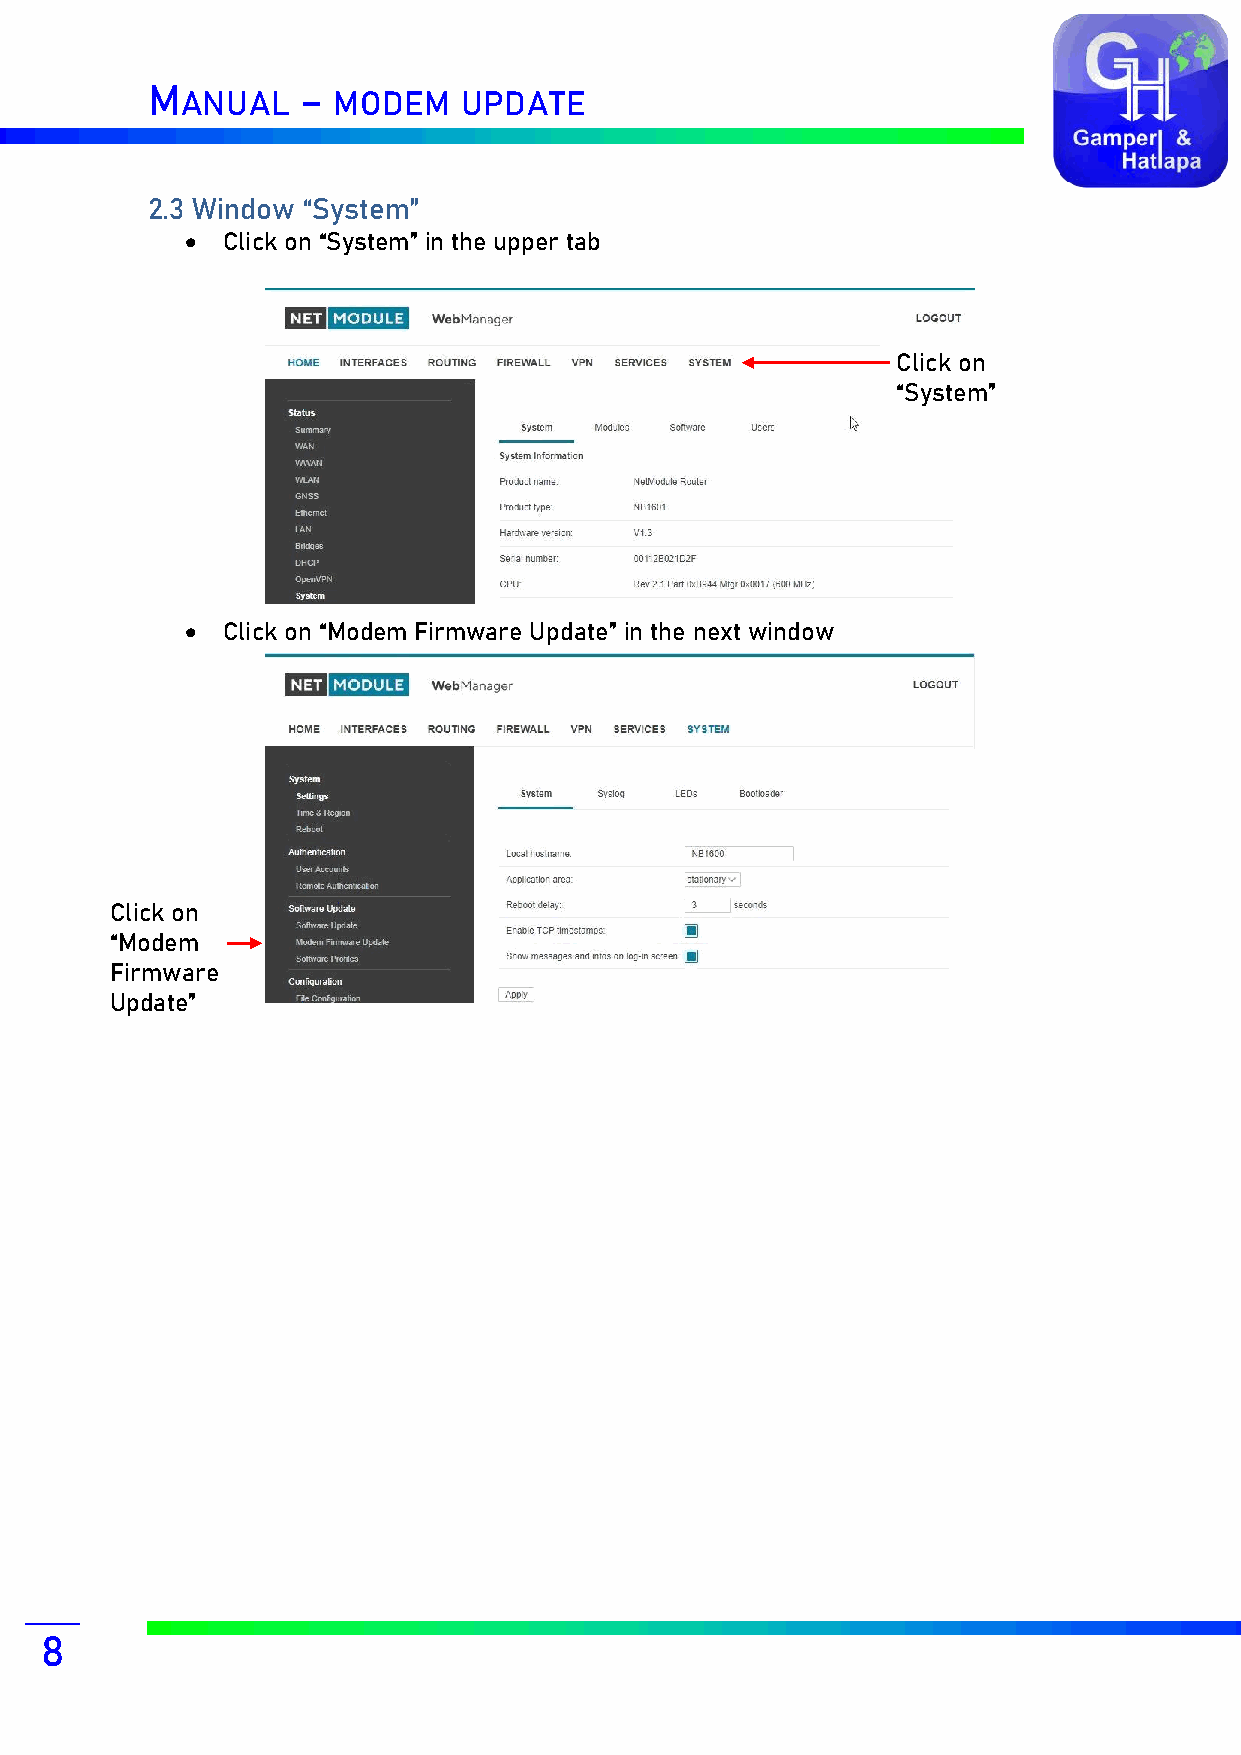
M         –
 ANUAL     MODEM   UPDATE
 2.3 Window “System”
 •  Click on “System” in the upper tab
 Click on
 “System”
 •  Click on “Modem Firmware Update” in the next window
 Click on
 “Modem
 Firmware
 Update”
 8